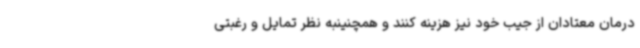
درمان معتادان از جیب خود نیز هزینه کنند و همچنینبه نظر تمایل و رغبتی